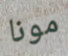
مونا